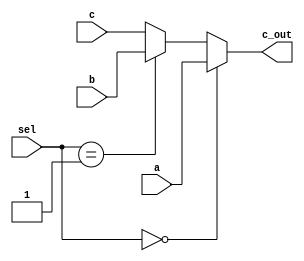
module Mux3(a, b, c, sel, c_out);

    input [31:0] a, b, c;
    input [1:0] sel;
    output [31:0] c_out;
	

	assign c_out = (sel==2'b00) ? a : (sel==2'b01) ? b : c;


endmodule